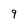
Character: 9